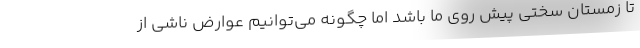
تا زمستان سختی پیش روی ما باشد اما چگونه می‌توانیم عوارض ناشی از